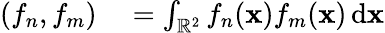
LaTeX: \begin{array}{rl}{\left(f_{n},f_{m}\right)}&{{}=\int_{\mathbb{R}^{2}}f_{n}(\mathbf{x})f_{m}(\mathbf{x})\, \mathrm{d}\mathbf{x}}\end{array}